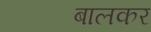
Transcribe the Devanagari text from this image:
बालकर